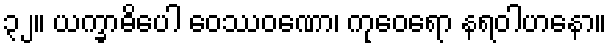
၃၂။ ယက္ခာဓိပေါ ဝေဿဝဏော၊ ကုဝေရော နရဝါဟနော။